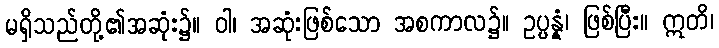
မရှိသည်တို့၏အဆုံး၌။ ဝါ၊ အဆုံးဖြစ်သော အစကာလ၌။ ဥပ္ပန္နံ၊ ဖြစ်ပြီး။ ဣတိ၊